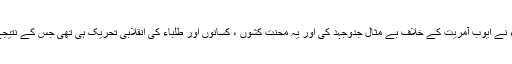
پاکستان کے محنت کش عوام اور طلباء نے ایوب آمریت کے خلاف بے مثال جدوجہد کی اور یہ محنت کشوں ، کسانوں اور طلباء کی انقلابی تحریک ہی تھی جس کے نتیجے میں ایوب خان کو اقتدار چھوڑنا پڑا۔